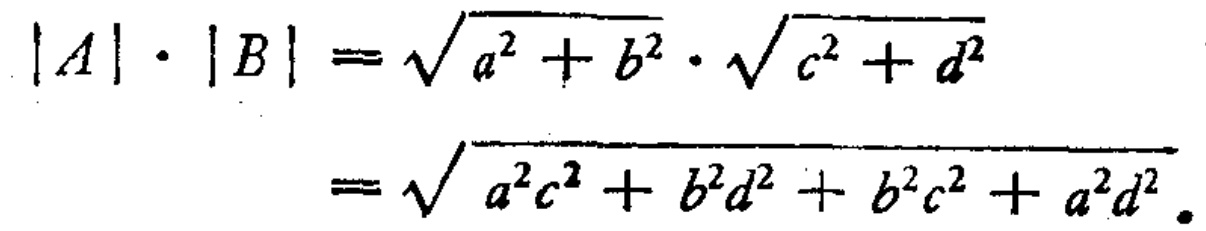
\[

\begin{align*}

|A|\cdot|B|&=\sqrt{a^{2}+b^{2}}\cdot\sqrt{c^{2}+d^{2}}\\

&=\sqrt{a^{2}c^{2}+b^{2}d^{2}+b^{2}c^{2}+a^{2}d^{2}}.

\end{align*}

\]